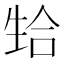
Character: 𬎴